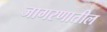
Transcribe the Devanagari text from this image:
जागरणातील